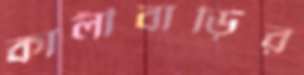
কালীবাড়ির